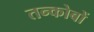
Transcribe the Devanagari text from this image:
तन्कोबों